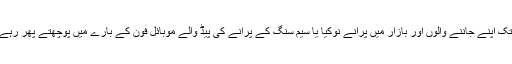
اب صورت حال اتنی قابل رحم ہو گئی ہے کہ فوج کے آفیسر سے لے کر عام فوجی تک اپنے جاننے والوں اور بازار میں پرانے نوکیا یا سیم سنگ کے پرانے کی پیڈ والے موبائل فون کے بارے میں پوچھتے پھر رہے ہیں، وہ بھی مل جائے تو اسے خرید کر وہ اپنے گھر والوں سے بات چیت کرسکیں۔